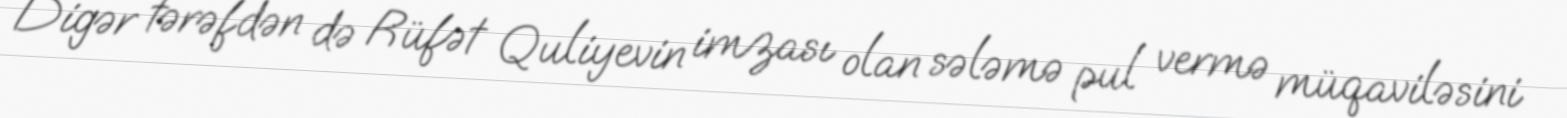
Digər tərəfdən də Rüfət Quliyevin imzası olan sələmə pul vermə müqaviləsini